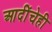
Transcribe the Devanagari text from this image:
आदींचेही